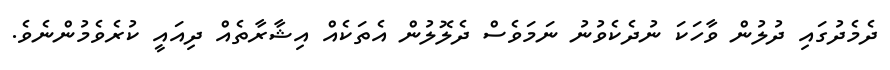
ދެމެދުގައި ދުލުން ވާހަކަ ނުދެކެވުނު ނަމަވެސް ދެލޮލުން އެތަކެއް އިޝާރާތެއް ދިއައީ ކުރެވެމުންނެވެ.